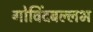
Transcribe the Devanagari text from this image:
गोविंदबल्लभ